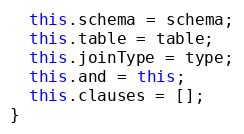
Language: JavaScript
  this.schema = schema;
  this.table = table;
  this.joinType = type;
  this.and = this;
  this.clauses = [];
}